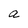
Character: a